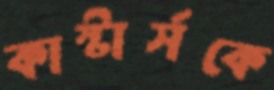
কাস্টার্সকে